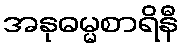
အနုဓမ္မစာရိနီ